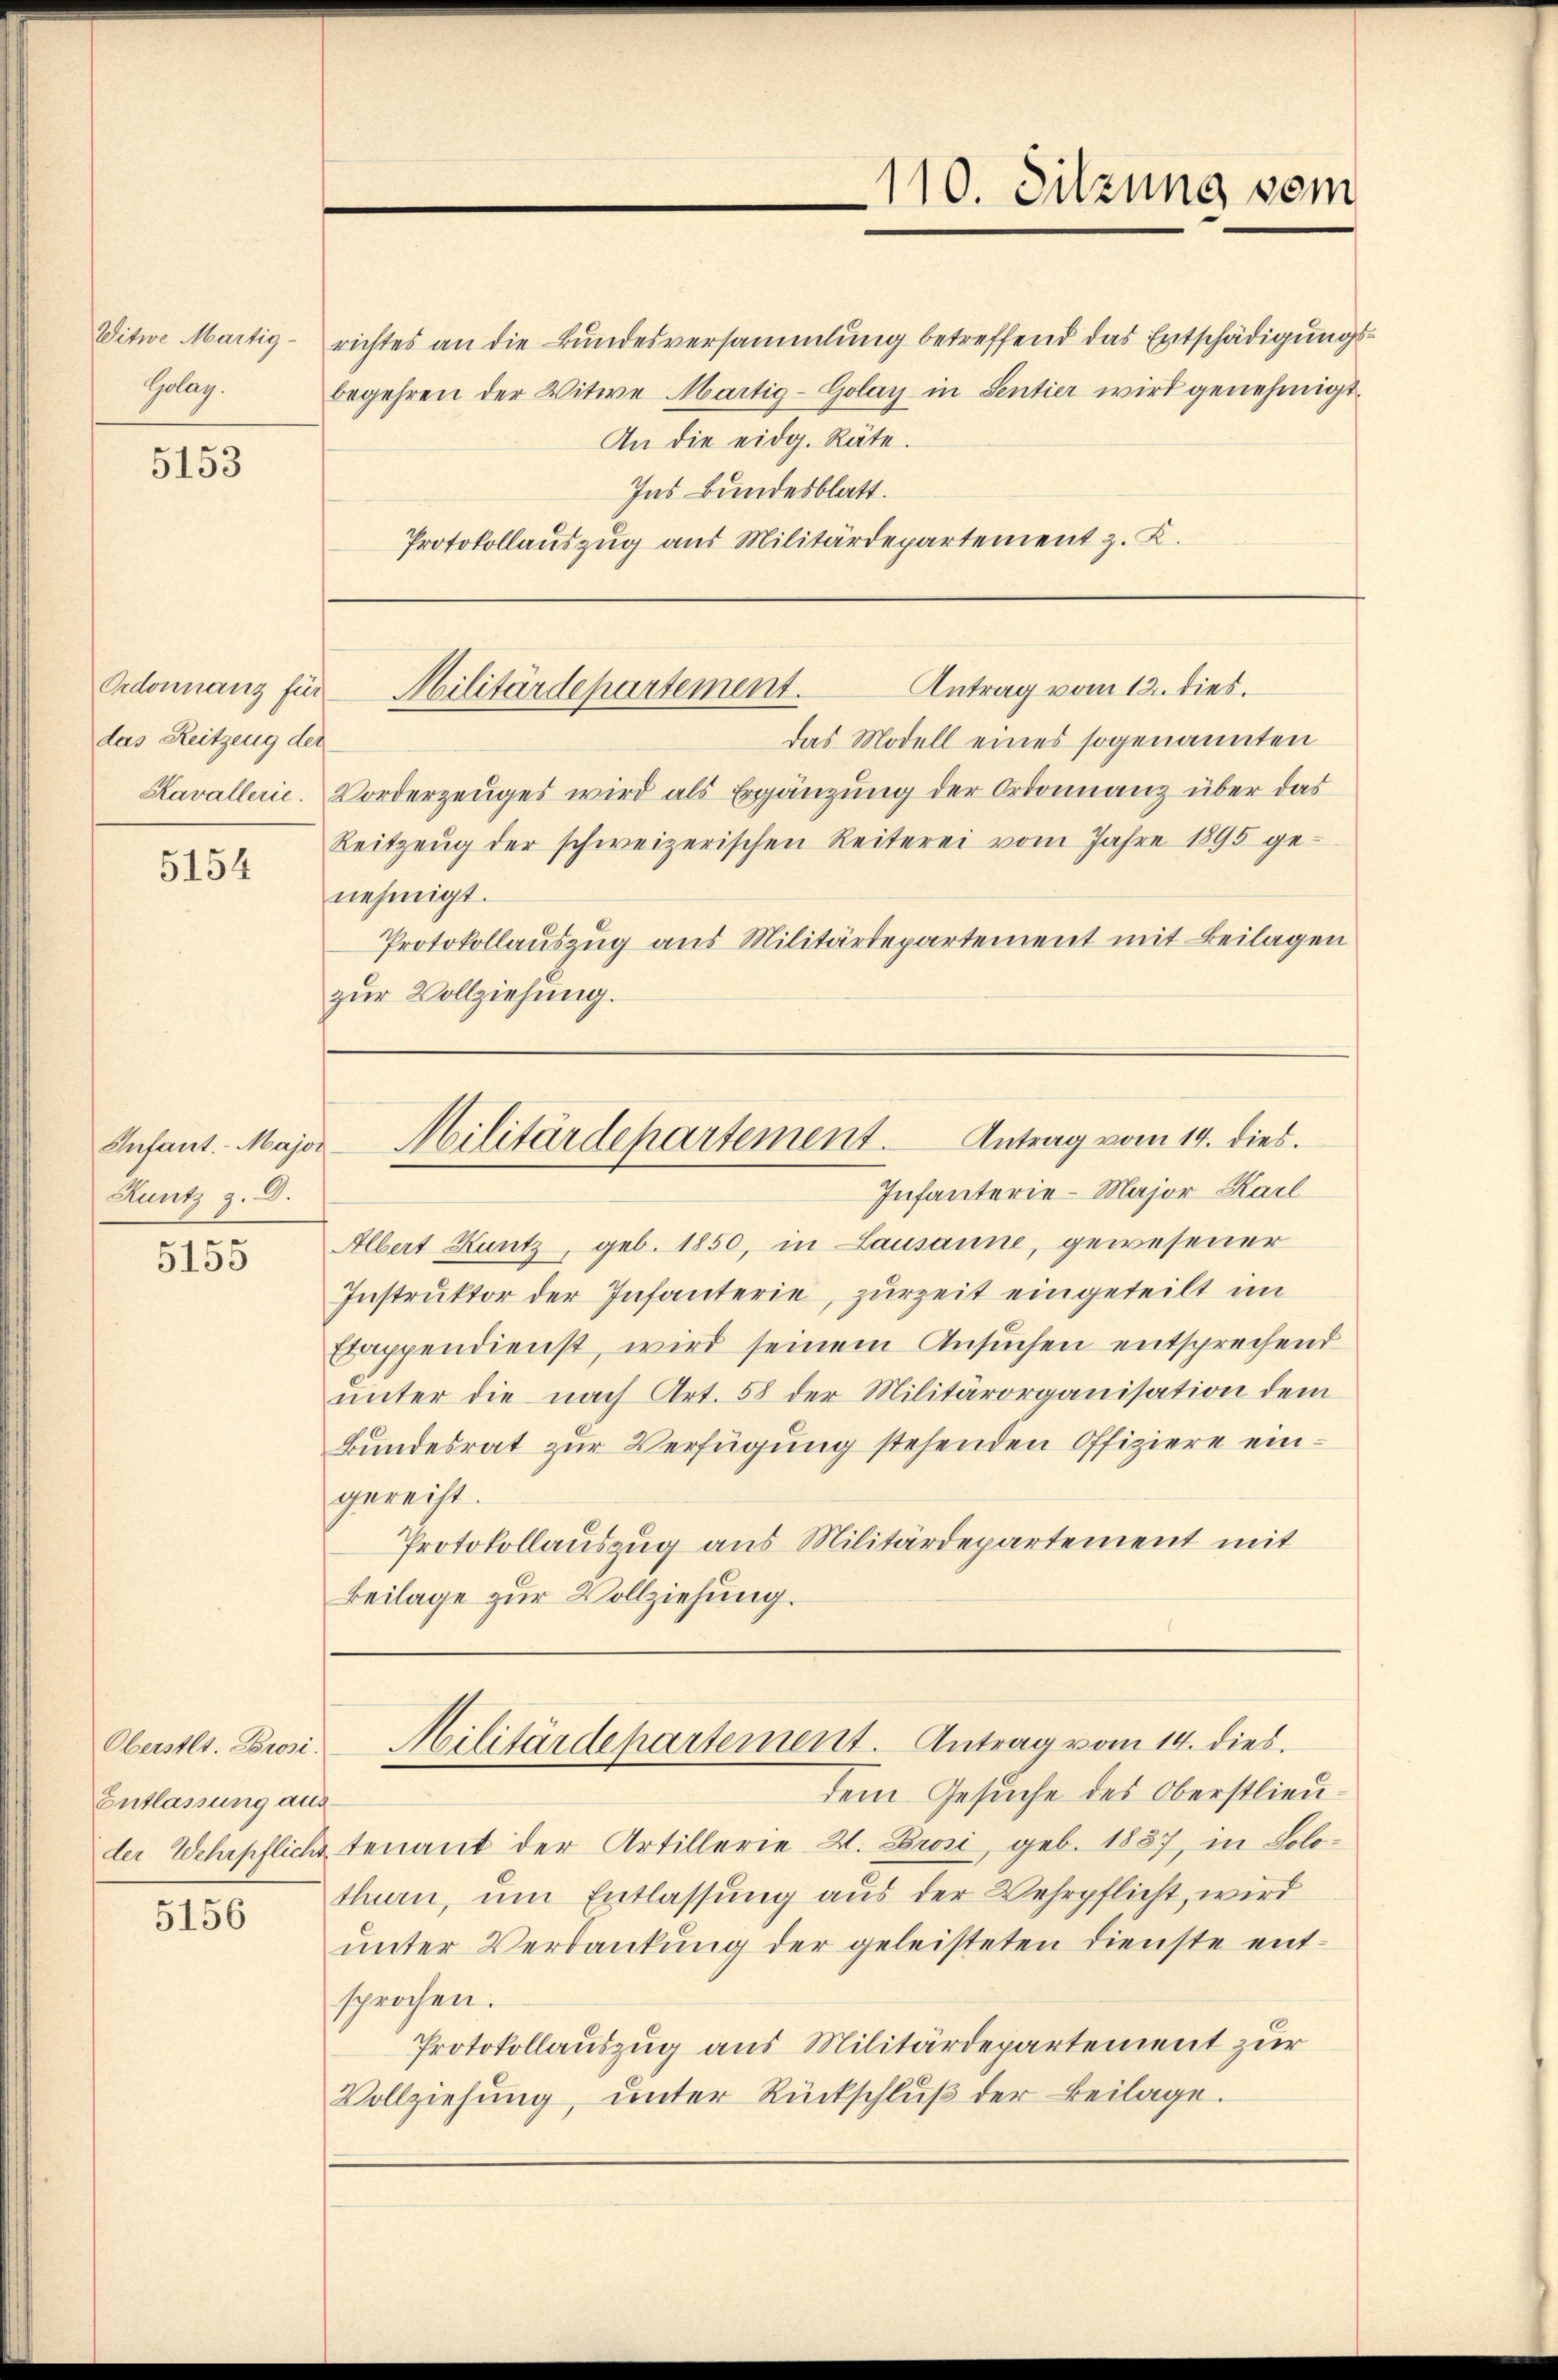
Witwe Martig¬
Golay.

5153

das Reitzeng der

5154

Infant. - Major
Runtz z. B.

5155

Oberstlt. Brosi.
Entlassung aus

5156

richtes an die Bundesversammlung betreffend das Entschädigungsbegehren der Witwe Martig-Golay in Sentier wird genehmigt
An die eidg. Räte.
Ins Bundesblatt.
Protokollauszug aus Militärdepartement z. K.

das Modell eines sogenannten
Kavallerie. Vorderzeuges wird als Ergänzung der Ordonnanz über das
Reitzeŭg der schweizerischen Reiterei vom Jahre 1895 ge-
nehmigt.
Protokollauszug aus Militärdepartement mit Beilagen
zŭr Vollziehung.

Infanterie-Major Karl
Albert Kuntz, geb. 1850, in Lausanne, gewesener
Instruktor der Infanterie, zurzeit eingeteilt im
Elappendienst, wird seinem Ansuchen entsprechend
unter die nach Art. 58 der Militärorganisation dem
Bundesrat zur Verfügung stehenden Offiziere eingereiht.
Protokollauszug aus Militärdepartement mit
Beilage zur Vollziehung.

dem Gesuche des Oberstlieuder Wehrpflicht tenant der Artillerie W. Brosi, geb. 1887, in Solothurn, um Entlassung aus der Wehrpflicht, wird
ŭnter Verdankŭng der geleisteten Dienste ent-
sprochen.
Protokollauszug aus Militärdepartement zur
Vollziehŭng ŭnter Rückschlŭβ der Beilage.

110. Sitzung vom

Antrag vom 12. dies.
Ordonnanz für Militärdepartement.

Militärdepartement. Antrag vom 14. dies.

Militärdepartement. Antrag vom 14. dies.